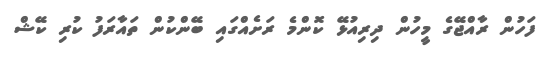
ފަހުން ރާއްޖޭގެ މީހުން ދިރިއުޅޭ ކޮންމެ ރަށެއްގައި ބޭންކުން ތައާރަފު ކުރި ކޭޝް